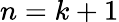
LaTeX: n=k+1